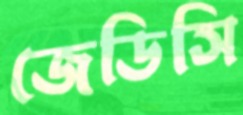
জেডিসি